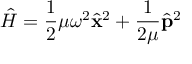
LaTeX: \hat { H } = \frac { 1 } { 2 } \mu \omega ^ { 2 } \hat { \mathbf x } ^ { 2 } + \frac { 1 } { 2 \mu } \hat { \mathbf p } ^ { 2 }